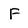
Character: F